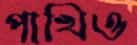
পাখিও